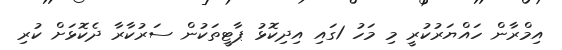
އިމްރާން ހައްޔަރުކުރީ މި މަހު 1ގައި އިދިކޮޅު ޕާޓީތަކުން ސަރުކާރާ ދެކޮޅަށް ކުރި